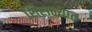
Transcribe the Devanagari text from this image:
शिराळ्यात